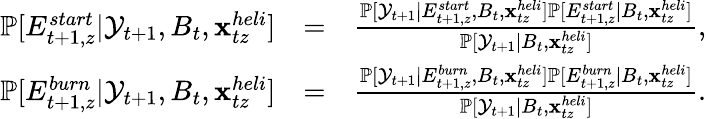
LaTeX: \begin{array}{rlr}{\mathbb P[E_{t+1,z}^{start}|{\cal Y}_{t+1},B_{t},{\mathbf{x}}_{tz}^{heli}]}&{=}&{\frac{\mathbb P[{\cal Y}_{t+1}|E_{t+1,z}^{start},B_{t},{\mathbf{x}}_{tz}^{heli}]\mathbb P[E_{t+1,z}^{start}|B_{t},{\mathbf{x}}_{tz}^{heli}]}{\mathbb P[{\cal Y}_{t+1}|B_{t},{\mathbf{x}}_{tz}^{heli}]},}\\ {\mathbb P[E_{t+1,z}^{burn}|{\cal Y}_{t+1},B_{t},{\mathbf{x}}_{tz}^{heli}]}&{=}&{\frac{\mathbb P[{\cal Y}_{t+1}|E_{t+1,z}^{burn},B_{t},{\mathbf{x}}_{tz}^{heli}]\mathbb P[E_{t+1,z}^{burn}|B_{t},{\mathbf{x}}_{tz}^{heli}]}{\mathbb P[{\cal Y}_{t+1}|B_{t},{\mathbf{x}}_{tz}^{heli}]}.}\end{array}